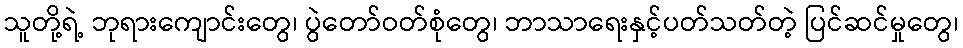
သူတို့ရဲ့ ဘုရားကျောင်းတွေ၊ ပွဲတော်ဝတ်စုံတွေ၊ ဘာသာရေးနှင့်ပတ်သတ်တဲ့ ပြင်ဆင်မှုတွေ၊